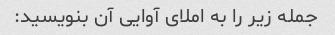
جمله زیر را به املای آوایی آن بنویسید: